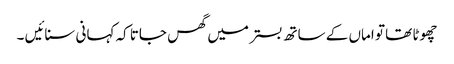
چھوٹا تھا تو اماں کے ساتھ بستر میں گھس جاتا کہ کہانی سنائیں ۔